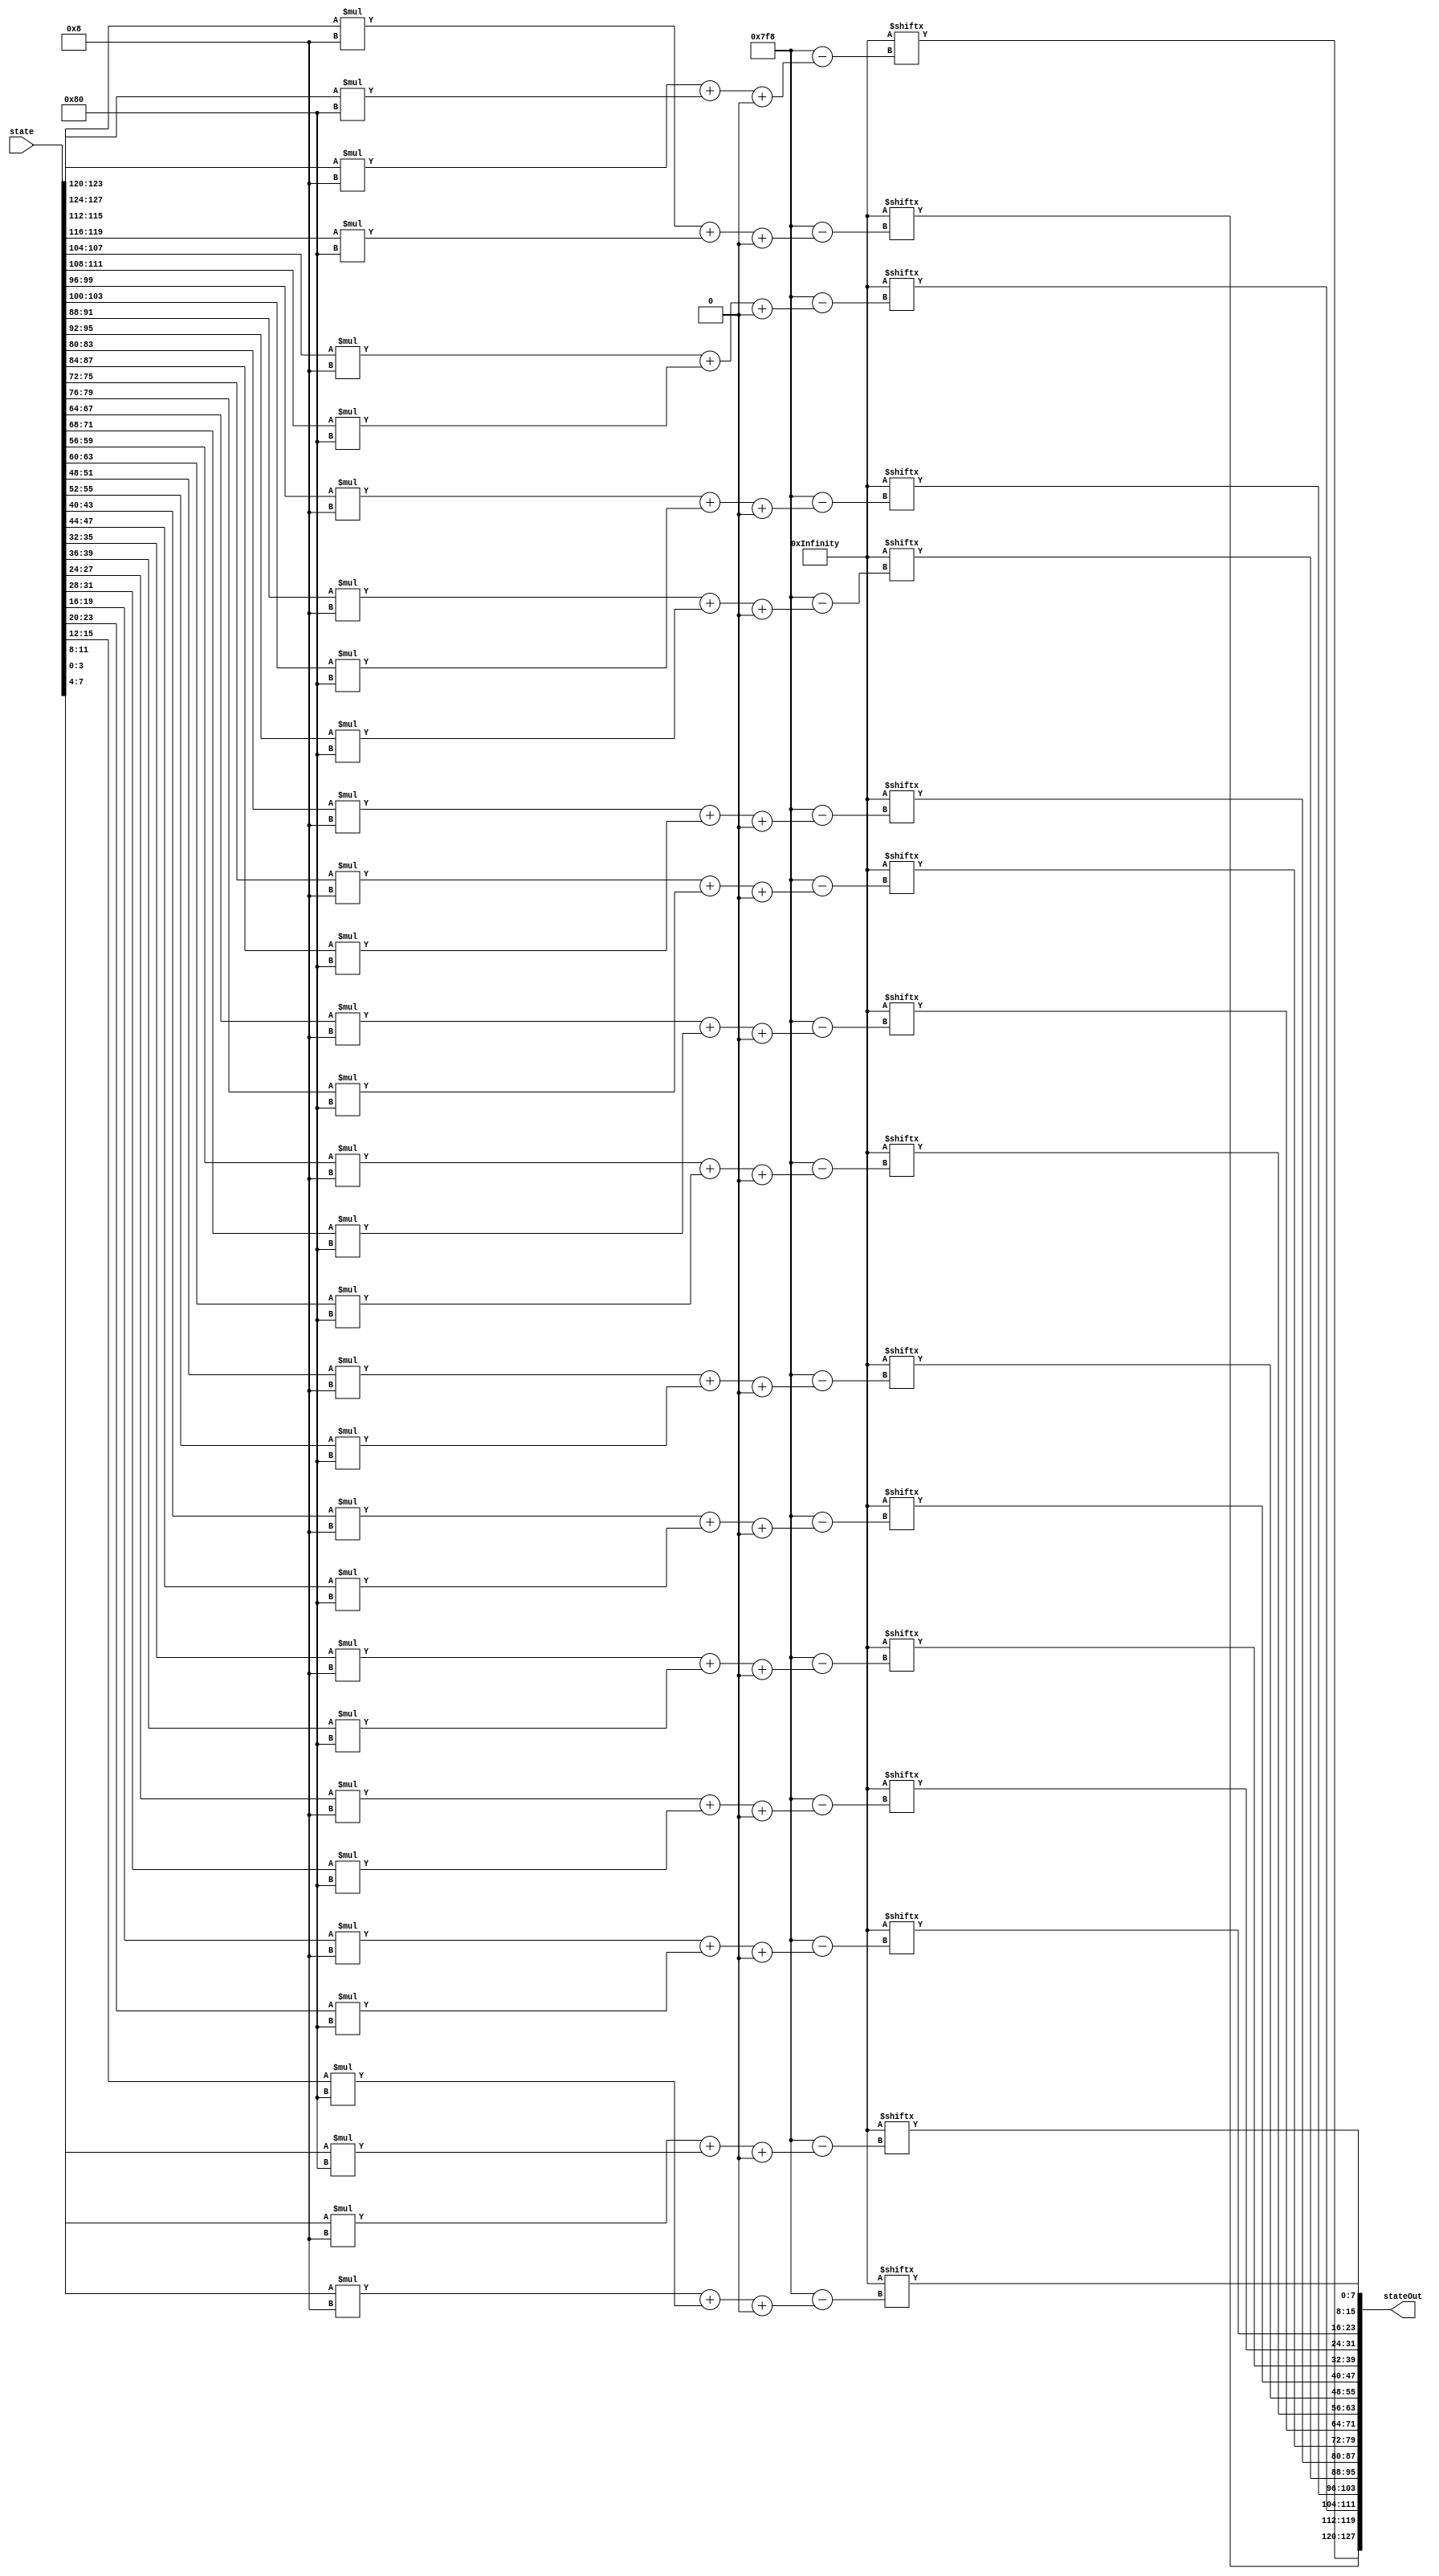
module invSubBytes(	input [0:127] state,			// unsigned 16-byte message to be encrypted in invSubBytes
					output [0:127] stateOut);	// unsigned 16-byte encrypted message after invSubBytes
	
	wire [0:2047] cypher =  {8'h52 ,8'h09 ,8'h6a ,8'hd5 ,8'h30 ,8'h36 ,8'ha5 ,8'h38 ,8'hbf ,8'h40 ,8'ha3 ,8'h9e ,8'h81 ,8'hf3 ,8'hd7 ,8'hfb
							,8'h7c ,8'he3 ,8'h39 ,8'h82 ,8'h9b ,8'h2f ,8'hff ,8'h87 ,8'h34 ,8'h8e ,8'h43 ,8'h44 ,8'hc4 ,8'hde ,8'he9 ,8'hcb
							,8'h54 ,8'h7b ,8'h94 ,8'h32 ,8'ha6 ,8'hc2 ,8'h23 ,8'h3d ,8'hee ,8'h4c ,8'h95 ,8'h0b ,8'h42 ,8'hfa ,8'hc3 ,8'h4e
							,8'h08 ,8'h2e ,8'ha1 ,8'h66 ,8'h28 ,8'hd9 ,8'h24 ,8'hb2 ,8'h76 ,8'h5b ,8'ha2 ,8'h49 ,8'h6d ,8'h8b ,8'hd1 ,8'h25
							,8'h72 ,8'hf8 ,8'hf6 ,8'h64 ,8'h86 ,8'h68 ,8'h98 ,8'h16 ,8'hd4 ,8'ha4 ,8'h5c ,8'hcc ,8'h5d ,8'h65 ,8'hb6 ,8'h92
							,8'h6c ,8'h70 ,8'h48 ,8'h50 ,8'hfd ,8'hed ,8'hb9 ,8'hda ,8'h5e ,8'h15 ,8'h46 ,8'h57 ,8'ha7 ,8'h8d ,8'h9d ,8'h84
							,8'h90 ,8'hd8 ,8'hab ,8'h00 ,8'h8c ,8'hbc ,8'hd3 ,8'h0a ,8'hf7 ,8'he4 ,8'h58 ,8'h05 ,8'hb8 ,8'hb3 ,8'h45 ,8'h06
							,8'hd0 ,8'h2c ,8'h1e ,8'h8f ,8'hca ,8'h3f ,8'h0f ,8'h02 ,8'hc1 ,8'haf ,8'hbd ,8'h03 ,8'h01 ,8'h13 ,8'h8a ,8'h6b
							,8'h3a ,8'h91 ,8'h11 ,8'h41 ,8'h4f ,8'h67 ,8'hdc ,8'hea ,8'h97 ,8'hf2 ,8'hcf ,8'hce ,8'hf0 ,8'hb4 ,8'he6 ,8'h73
							,8'h96 ,8'hac ,8'h74 ,8'h22 ,8'he7 ,8'had ,8'h35 ,8'h85 ,8'he2 ,8'hf9 ,8'h37 ,8'he8 ,8'h1c ,8'h75 ,8'hdf ,8'h6e
							,8'h47 ,8'hf1 ,8'h1a ,8'h71 ,8'h1d ,8'h29 ,8'hc5 ,8'h89 ,8'h6f ,8'hb7 ,8'h62 ,8'h0e ,8'haa ,8'h18 ,8'hbe ,8'h1b
							,8'hfc ,8'h56 ,8'h3e ,8'h4b ,8'hc6 ,8'hd2 ,8'h79 ,8'h20 ,8'h9a ,8'hdb ,8'hc0 ,8'hfe ,8'h78 ,8'hcd ,8'h5a ,8'hf4
							,8'h1f ,8'hdd ,8'ha8 ,8'h33 ,8'h88 ,8'h07 ,8'hc7 ,8'h31 ,8'hb1 ,8'h12 ,8'h10 ,8'h59 ,8'h27 ,8'h80 ,8'hec ,8'h5f
							,8'h60 ,8'h51 ,8'h7f ,8'ha9 ,8'h19 ,8'hb5 ,8'h4a ,8'h0d ,8'h2d ,8'he5 ,8'h7a ,8'h9f ,8'h93 ,8'hc9 ,8'h9c ,8'hef
							,8'ha0 ,8'he0 ,8'h3b ,8'h4d ,8'hae ,8'h2a ,8'hf5 ,8'hb0 ,8'hc8 ,8'heb ,8'hbb ,8'h3c ,8'h83 ,8'h53 ,8'h99 ,8'h61
							,8'h17 ,8'h2b ,8'h04 ,8'h7e ,8'hba ,8'h77 ,8'hd6 ,8'h26 ,8'he1 ,8'h69 ,8'h14 ,8'h63 ,8'h55 ,8'h21 ,8'h0c ,8'h7d};				
					
	assign stateOut[0:7] = cypher[state[4:7] * 8 + state[0:3] * 128 +: 8];
	assign stateOut[8:15] = cypher[state[12:15] * 8 + state[8:11] * 128 +: 8];
	assign stateOut[16:23] = cypher[state[20:23] * 8 + state[16:19] * 128 +: 8];
	assign stateOut[24:31] = cypher[state[28:31] * 8 + state[24:27] * 128 +: 8];
	assign stateOut[32:39] = cypher[state[36:39] * 8 + state[32:35] * 128 +: 8];
	assign stateOut[40:47] = cypher[state[44:47] * 8 + state[40:43] * 128 +: 8];
	assign stateOut[48:55] = cypher[state[52:55] * 8 + state[48:51] * 128 +: 8];
	assign stateOut[56:63] = cypher[state[60:63] * 8 + state[56:59] * 128 +: 8];
	assign stateOut[64:71] = cypher[state[68:71] * 8 + state[64:67] * 128 +: 8];
	assign stateOut[72:79] = cypher[state[76:79] * 8 + state[72:75] * 128 +: 8];
	assign stateOut[80:87] = cypher[state[84:87] * 8 + state[80:83] * 128 +: 8];
	assign stateOut[88:95] = cypher[state[92:95] * 8 + state[88:91] * 128 +: 8];
	assign stateOut[96:103] = cypher[state[100:103] * 8 + state[96:99] * 128 +: 8];
	assign stateOut[104:111] = cypher[state[108:111] * 8 + state[104:107] * 128 +: 8];
	assign stateOut[112:119] = cypher[state[116:119] * 8 + state[112:115] * 128 +: 8];
	assign stateOut[120:127] = cypher[state[124:127] * 8 + state[120:123] * 128 +: 8];				

endmodule